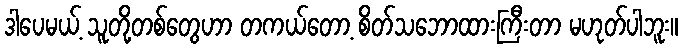
ဒါပေမယ့် သူတို့တစ်တွေဟာ တကယ်တော့ စိတ်သဘောထားကြီးတာ မဟုတ်ပါဘူး။